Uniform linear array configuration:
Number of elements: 32
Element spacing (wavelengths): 0.25
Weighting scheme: kaiser
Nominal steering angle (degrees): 0
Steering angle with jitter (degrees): -1.118
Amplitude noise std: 0.05
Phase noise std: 0.05

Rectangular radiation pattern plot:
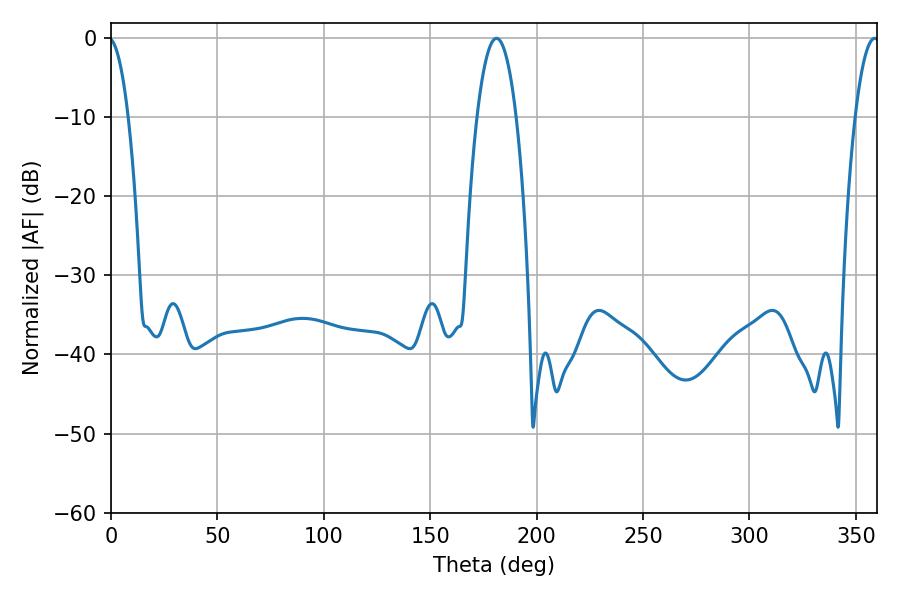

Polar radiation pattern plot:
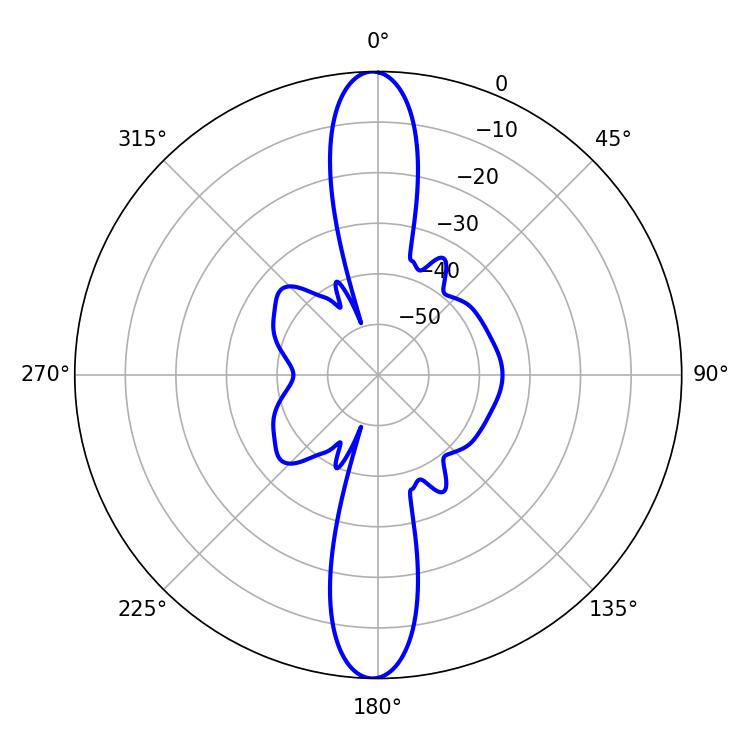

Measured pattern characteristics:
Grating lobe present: FALSE
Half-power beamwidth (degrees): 10.26
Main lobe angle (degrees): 181.08